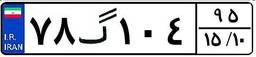
۷۸گ۱۰۴۹۵